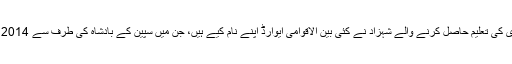
نیویارک یونیورسٹی میں صحافت اور دستاویزی فلم سازی کی تعلیم حاصل کرنے والے شہزاد نے کئی بین الاقوامی ایوارڈ اپنے نام کیے ہیں، جن میں سپین کے بادشاہ کی طرف سے 2014 میں نوازا گیا ’انٹرنیشنل کوآپریشن ایوارڈ‘ بھی شامل ہے۔